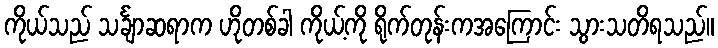
ကိုယ်သည် သင်္ချာဆရာက ဟိုတစ်ခါ ကိုယ့်ကို ရိုက်တုန်းကအကြောင်း သွားသတိရသည်။